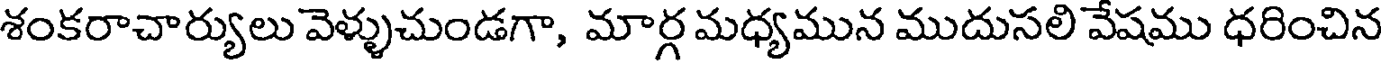
శంకరాచార్యులు వెళ్ళుచుండగా, మార్గ మధ్యమున ముదుసలి వేషము ధరించిన